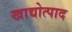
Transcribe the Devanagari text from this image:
खाद्योत्पाद